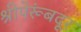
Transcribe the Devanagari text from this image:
श्रीपेरूंबदूर